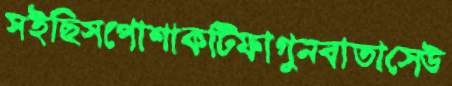
সইছিসপোশাকটিফাগুনবাতাসেউ